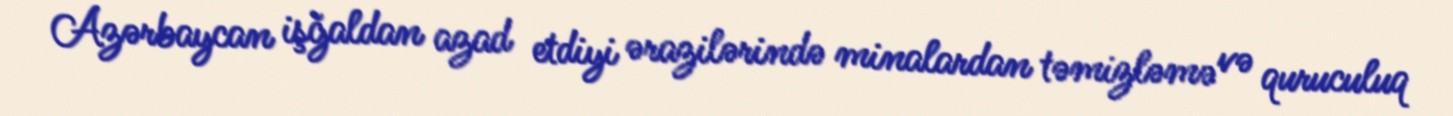
Azərbaycan işğaldan azad etdiyi ərazilərində minalardan təmizləmə və quruculuq